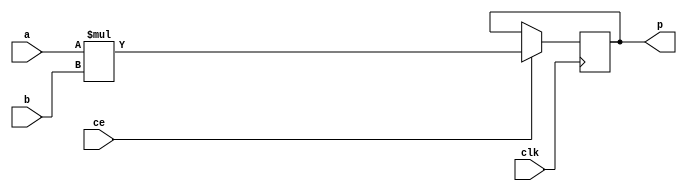

module myproject_mul_16s_8ns_24_2_0_MulnS_5(clk, ce, a, b, p);
input clk;
input ce;
input  [16 - 1 : 0] a;
input [8 - 1 : 0] b;
output[24 - 1 : 0] p;
reg  [24 - 1 : 0] p;
wire  [24 - 1 : 0] tmp_product;

assign tmp_product = (a) * ({1'b0, b});
always @ (posedge clk) begin
    if (ce) begin
        p <= tmp_product;
    end
end
endmodule